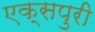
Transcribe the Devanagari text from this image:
एक्‍सपुरी